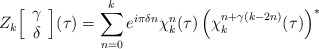
\begin{align*}Z_k \Big[ \begin{array}{c} \gamma \\ \delta \end{array} \Big](\tau) = \sum_{n=0}^k e^{i \pi \delta n} \chi_k^n (\tau) \left( \chi_k^{n+\gamma(k-2n)} (\tau) \right)^*\end{align*}